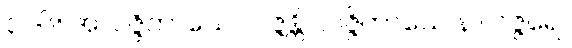
၃၁၆။ အလဇ္ဇိတာယေ လဇ္ဇန္တိ၊ လဇ္ဇိတာယေ န လဇ္ဇရေ။